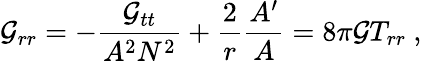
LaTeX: \mathcal{G}_{rr}=-\frac{{\mathcal{G}_{tt}}}{{A^{2}N^{2}}}+\frac{{2}}{{r}}\frac{{A^{\prime}}}{{A}}=8\pi\mathcal{G}T_{rr}\ ,